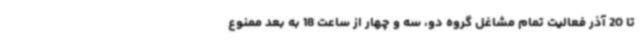
تا 20 آذر فعالیت تمام مشاغل گروه دو، سه و چهار از ساعت 18 به بعد ممنوع